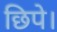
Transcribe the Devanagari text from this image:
छिपे।